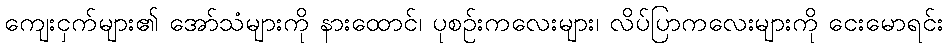
ကျေးငှက်များ၏ အော်သံများကို နားထောင်၊ ပုစဉ်းကလေးများ၊ လိပ်ပြာကလေးများကို ငေးမောရင်း